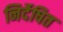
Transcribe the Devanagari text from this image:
निर्देषित